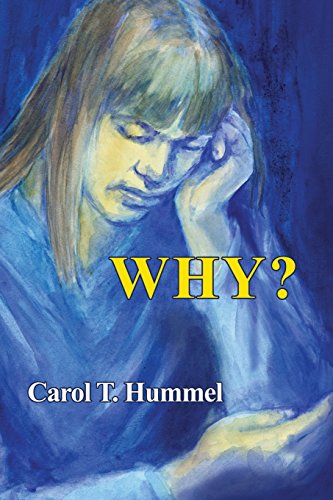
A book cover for Why?; Carol Hummel; Teen & Young Adult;